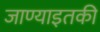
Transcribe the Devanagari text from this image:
जाण्याइतकी